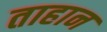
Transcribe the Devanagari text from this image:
ताहान